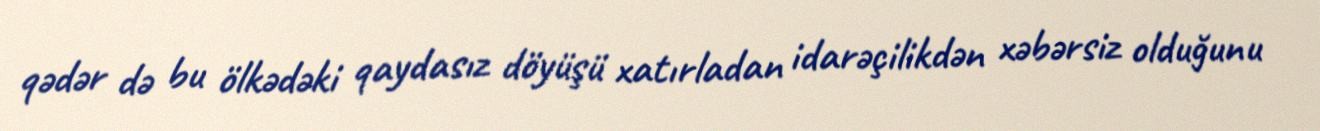
qədər də bu ölkədəki qaydasız döyüşü xatırladan idarəçilikdən xəbərsiz olduğunu